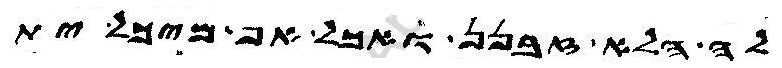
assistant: לה הלא זבנן ואכל אף מיכל ית